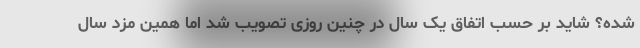
شده؟ شاید بر حسب اتفاق یک سال در چنین روزی تصویب شد اما همین مزد سال